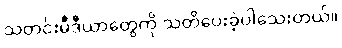
သတင်းမီဒီယာတွေကို သတိပေးခဲ့ပါသေးတယ်။